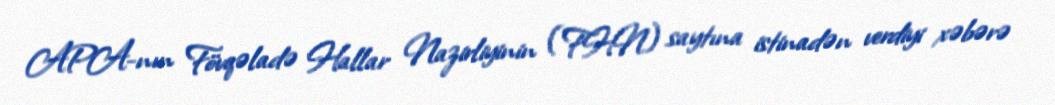
APA-nın Fövqəladə Hallar Nazirliyinin (FHN) saytına istinadən verdiyi xəbərə